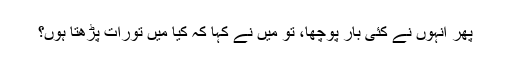
پھر انہوں نے کئی بار پوچھا، تو میں نے کہا کہ کیا میں تورات پڑھتا ہوں؟